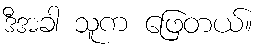
ဒီအခါ သူက ဖြေတယ်။